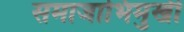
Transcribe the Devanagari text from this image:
समाजाभिमुखी